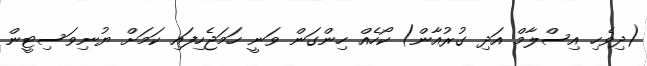
(ދިވެހި އިސްލާމް އަދި ގުރުއާން) ކޯހެއް ހިންގަން ވަނީ ހަމަޖެހިފައި ކަމަށް ޔުނިވަސިޓީން